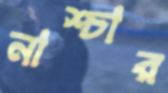
নাশ্চার